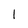
Character: l